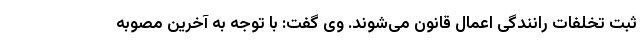
ثبت تخلفات رانندگی اعمال قانون می‌شوند. وی گفت: با توجه به آخرین مصوبه